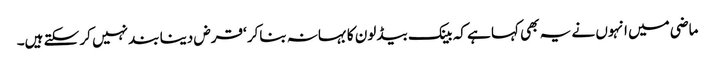
ماضی میں انہوں نے یہ بھی کہا ہے کہ بینک بیڈ لون کا بہانہ بناکر ‘قرض دینا بند نہیں کر سکتے ہیں۔